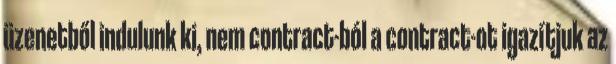
üzenetből indulunk ki, nem contract-ból a contract-ot igazítjuk az